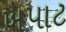
ખપાટ